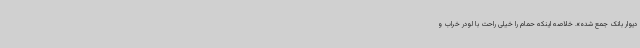
دیوار بانک جمع شده». خلاصه اینکه حمام را خیلی راحت با لودر خراب و